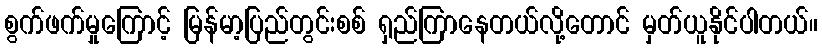
စွက်ဖက်မှုကြောင့် မြန်မာ့ပြည်တွင်းစစ် ရှည်ကြာနေတယ်လို့တောင် မှတ်ယူနိုင်ပါတယ်။